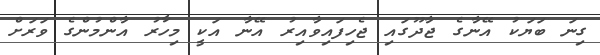
ގިނަ ބަޔަކު އޭނާގެ ޖާދޫގައި ޖެހިފައިވާއިރު އޭނާ އަކީ މިހާރު އާންމުންގެ ވަރަށް